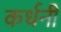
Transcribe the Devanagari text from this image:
कर्धनी